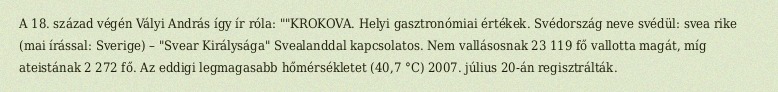
A 18. század végén Vályi András így ír róla: ""KROKOVA. Helyi gasztronómiai értékek. Svédország neve svédül: svea rike (mai írással: Sverige) – "Svear Királysága" Svealanddal kapcsolatos. Nem vallásosnak 23 119 fő vallotta magát, míg ateistának 2 272 fő. Az eddigi legmagasabb hőmérsékletet (40,7 °C) 2007. július 20-án regisztrálták.